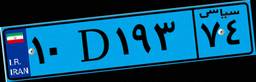
۱۰D۱۹۳۷۴